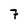
Character: 7